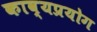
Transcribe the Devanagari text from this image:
काव्यप्रयोग